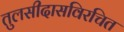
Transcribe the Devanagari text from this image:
तुलसीदासविरचित